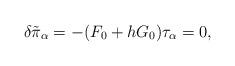
LaTeX: \begin{align*}\delta \tilde{\pi}_\alpha = - (F_0 + h G_0) \tau_\alpha =0,\end{align*}